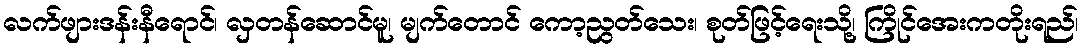
လက်ဖျားဒန်းနီရောင်၊ လှတန်ဆောင်မူ၊ မျက်တောင် ကော့ညွတ်သေး၊ စုတ်ဖြင့်ရေးသို့၊ ကြိုင်အေးကတိုးရည်၊